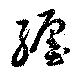
纏